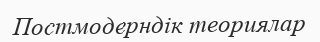
Постмодерндік теориялар